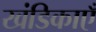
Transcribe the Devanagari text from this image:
खंडिकाएँ